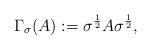
LaTeX: \begin{align*}\Gamma_{\sigma} (A) := \sigma^{\frac{1}{2}} A \sigma^{\frac{1}{2}},\end{align*}